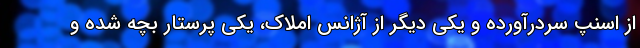
از اسنپ سردرآورده و یکی دیگر از آژانس املاک، یکی پرستار بچه شده و